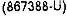
(867388-U)